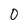
Character: 0